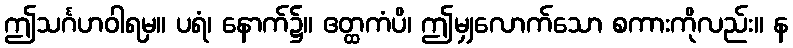
ဤသင်္ဂဟဝါရမှ။ ပရံ၊ နောက်၌။ ဧတ္ထကံပိ၊ ဤမျှလောက်သော စကားကိုလည်း။ န